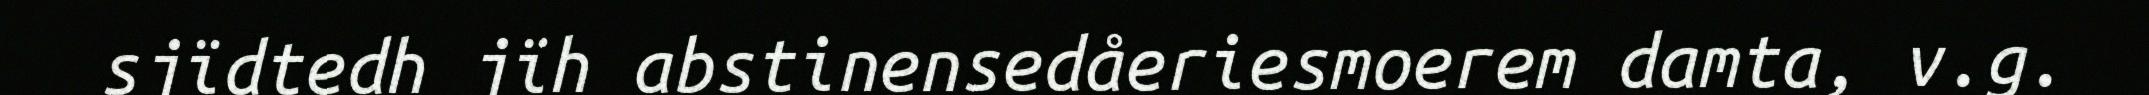
sjïdtedh jïh abstinensedåeriesmoerem damta, v.g.